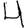
Digit: 4